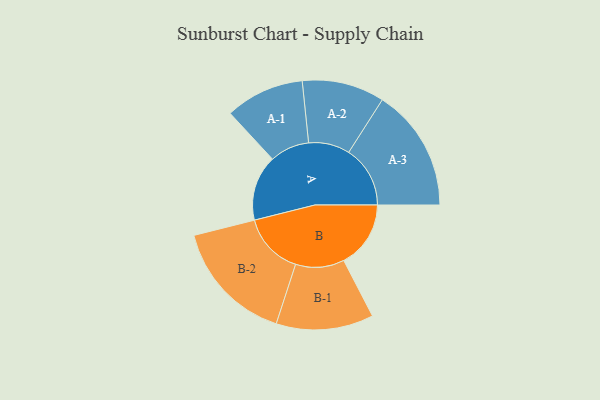
{"axis": {"x": "Segment", "y": "Value"}, "legend": ["", "A", "B"], "data": [{"x": "A", "y": 272, "type": ""}, {"x": "B", "y": 278, "type": ""}, {"x": "A-1", "y": 164, "type": "A"}, {"x": "A-2", "y": 171, "type": "A"}, {"x": "A-3", "y": 255, "type": "A"}, {"x": "B-1", "y": 202, "type": "B"}, {"x": "B-2", "y": 257, "type": "B"}]}